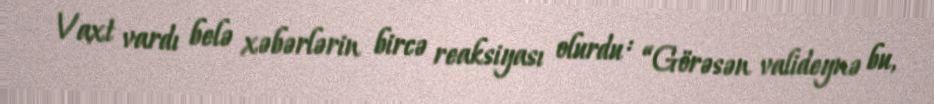
Vaxt vardı belə xəbərlərin bircə reaksiyası olurdu : “Görəsən valideynə bu,